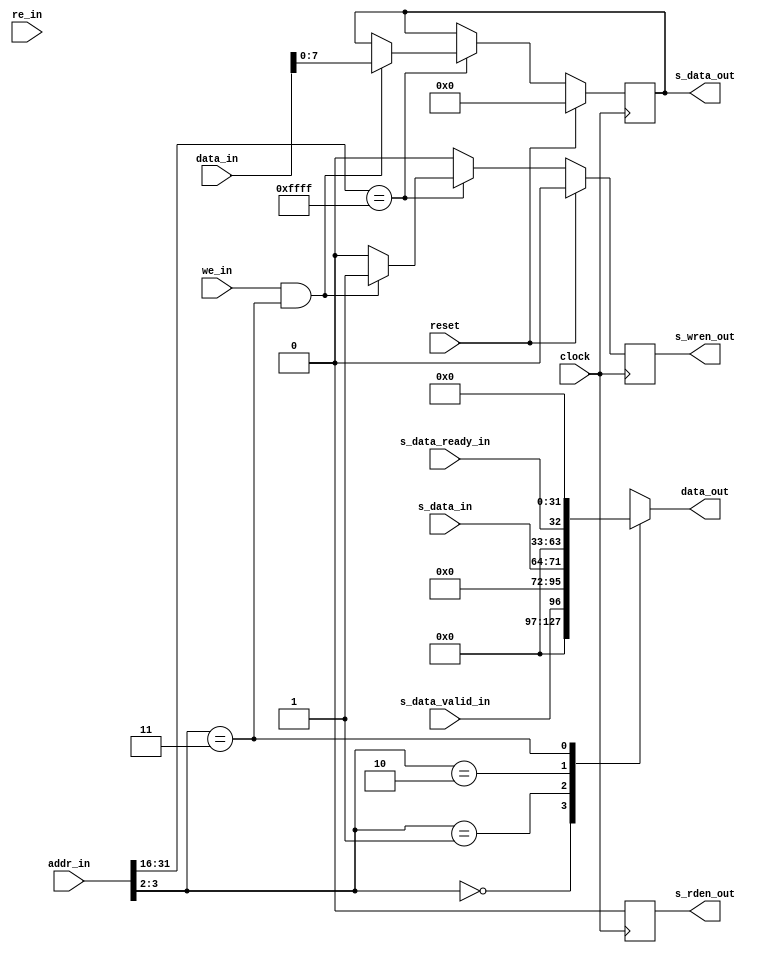
`timescale 1ns / 1ps

/*
**  UCSD CSE 141L Lab2/3 Provided Module
** -------------------------------------------------------------------
**  Serial Module for Single-Cycle MIPS Processor for Altera FPGAs
**  Implements a very simple memory mapped serial port interface
**  *Does Not* actually implement the serial communication
**
**  Change Log:
**  1/13/2012 - Adrian Caulfield - Initial Implementation
**
**
**  NOTE:  The Provided Modules do NOT follow the course coding standards
*/

module serial_buffer	(
	input	clock,
	input	reset,
		
	input [31:0] addr_in,
	output reg [31:0] data_out,
	input	re_in,
	input [31:0] data_in,
	input we_in,
		
	input	s_data_valid_in, //data to be read is available
	input [7:0] s_data_in,
	input	s_data_ready_in, //ready to recieve write data
	output s_rden_out,
	output [7:0] s_data_out,
	output s_wren_out
	);
	parameter MEM_ADDR = 16'hffff;
		
	//read values (async)
	always @(*) begin
		case(addr_in[3:2])
			2'h0:
				data_out = {31'b0, s_data_valid_in};
			2'h1:
				data_out = {24'b0, s_data_in};
			2'h2:
				data_out = {31'b0, s_data_ready_in};
			2'h3:
				data_out = {32'b0};
		endcase
	end
	
	
	
	reg	read_en;
	reg	write_en;
	reg [7:0] sbyte;
	
	assign s_rden_out = read_en;
	assign s_wren_out = write_en;
	assign s_data_out = sbyte;
	
	always @(posedge clock) begin
		if (reset) begin
			read_en <= 1'b0;
			write_en <= 1'b0;
			sbyte <= 8'b0;
		end else begin
			read_en <= 1'b0;
			write_en <= 1'b0;
			
			if (addr_in[31:16] == MEM_ADDR) begin
				if (re_in && (addr_in[3:2] == 2'h1)) begin //read data byte
					read_en <= 1'b0;
				end
				
				if (we_in && (addr_in[3:2] == 2'h3)) begin //byte write
					sbyte <= data_in[7:0];
					write_en <= 1'b1;
				end
			end
		end
	end
	
endmodule